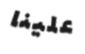
علينا